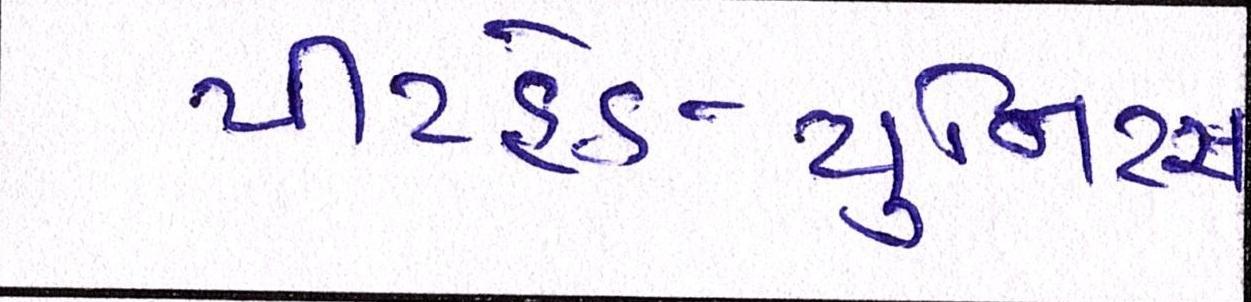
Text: પીટહેડ-યુનિટ્સ